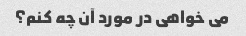
می خواهی در مورد آن چه کنم؟